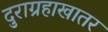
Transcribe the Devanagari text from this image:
दुराग्रहाखातर